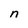
Character: n